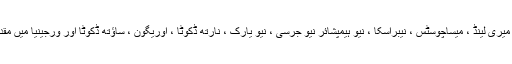
ڈیلاوئر ، انڈیانا ، میری لینڈ ، میساچوسٹس ، نیبراسکا ، نیو ہیمپشائر نیو جرسی ، نیو یارک ، نارتھ ڈکوٹا ، اوریگون ، ساؤتھ ڈکوٹا اور ورجینیا میں مقدمات مستحکم ہیں۔